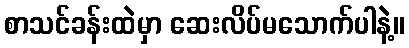
စာသင်ခန်းထဲမှာ ဆေးလိပ်မသောက်ပါနဲ့။